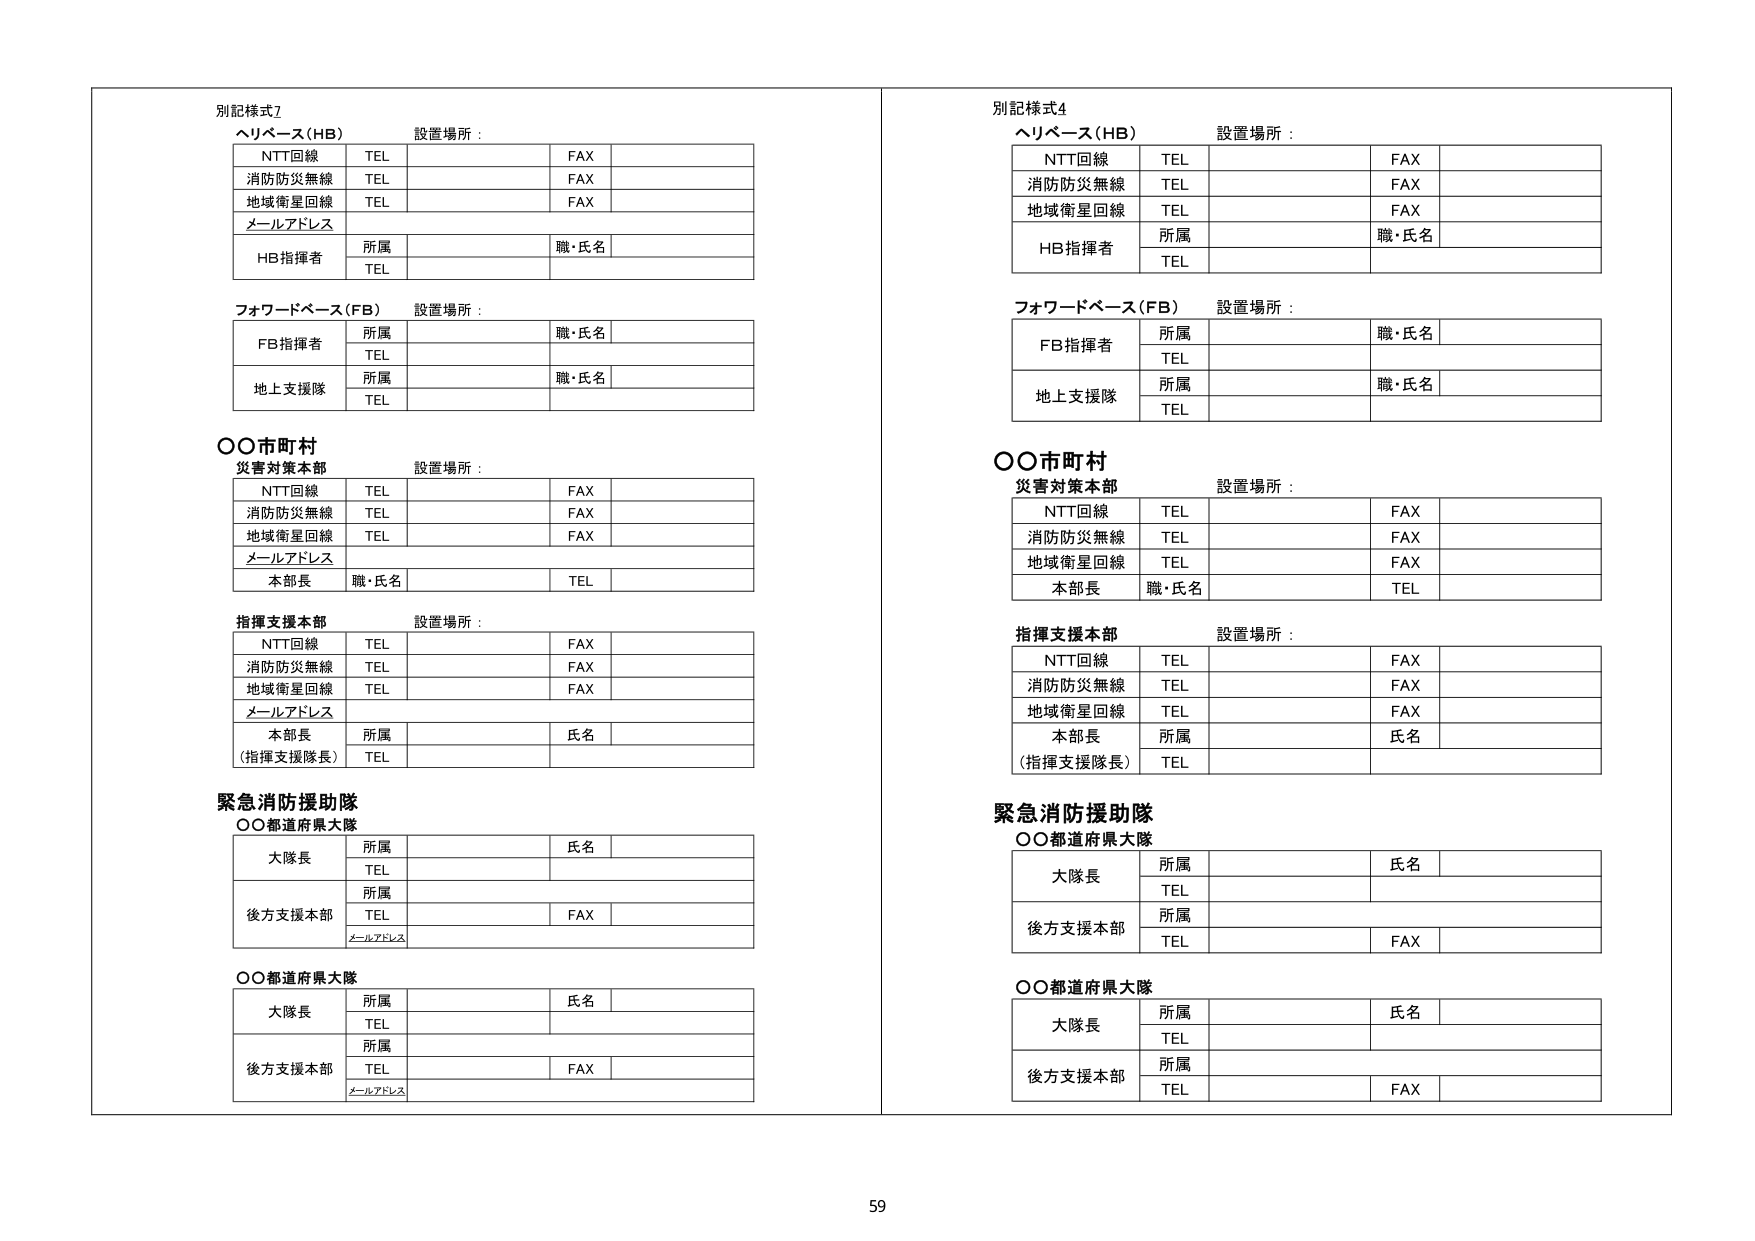
別記様式7
ヘリベース（HB） 設置場所：
NTT回線 TEL FAX
消防防災無線 TEL FAX
地域衛星回線 TEL FAX
メールアドレス
HB指揮者 所属 職・氏名 TEL

フォワードベース（FB） 設置場所：
FB指揮者 所属 職・氏名 TEL
地上支援隊 所属 職・氏名 TEL

○○市町村
災害対策本部 設置場所：
NTT回線 TEL FAX
消防防災無線 TEL FAX
地域衛星回線 TEL FAX
メールアドレス
本部長 職・氏名 TEL

指揮支援本部 設置場所：
NTT回線 TEL FAX
消防防災無線 TEL FAX
地域衛星回線 TEL FAX
メールアドレス
本部長 所属 氏名
（指揮支援隊長） TEL

緊急消防援助隊
○○都道府県大隊
大隊長 所属 氏名 TEL
後方支援本部 所属 TEL FAX メールアドレス

○○都道府県大隊
大隊長 所属 氏名 TEL
後方支援本部 所属 TEL FAX メールアドレス

別記様式4
ヘリベース（HB） 設置場所：
NTT回線 TEL FAX
消防防災無線 TEL FAX
地域衛星回線 TEL FAX
HB指揮者 所属 職・氏名 TEL

フォワードベース（FB） 設置場所：
FB指揮者 所属 職・氏名 TEL
地上支援隊 所属 職・氏名 TEL

○○市町村
災害対策本部 設置場所：
NTT回線 TEL FAX
消防防災無線 TEL FAX
地域衛星回線 TEL FAX
本部長 職・氏名 TEL

指揮支援本部 設置場所：
NTT回線 TEL FAX
消防防災無線 TEL FAX
地域衛星回線 TEL FAX
本部長 所属 氏名
（指揮支援隊長） TEL

緊急消防援助隊
○○都道府県大隊
大隊長 所属 氏名
後方支援本部 所属 TEL FAX

○○都道府県大隊
大隊長 所属 氏名 TEL
後方支援本部 所属 TEL FAX

59